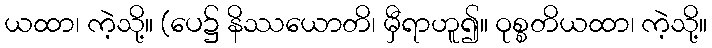
ယထာ၊ ကဲ့သို့။ (ပေ၌ နိဿယောတိ၊ မှီရာဟူ၍။ ဝုစ္စတိယထာ၊ ကဲ့သို့။